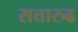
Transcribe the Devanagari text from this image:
सत्तारुढ